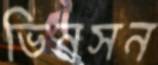
ভিনসন